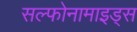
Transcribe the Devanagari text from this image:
सल्फोनामाइड्स